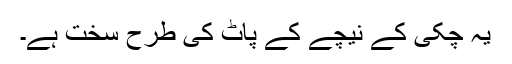
یہ چکی کے نیچے کے پاٹ کی طرح سخت ہے۔